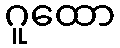
ဂူထော